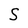
Character: S